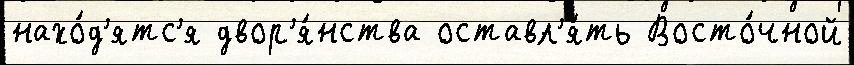
нахо́д'ятс'я двор'я́нства оставл'я́ть Восто́чной